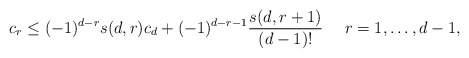
\begin{align*} c_r \leq (-1)^{d-r} s(d, r) c_d + (-1)^{d-r-1} \dfrac{s(d, r+1)}{(d-1)!} \ \ \ \ r = 1, \dots, d-1,\end{align*}